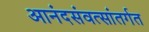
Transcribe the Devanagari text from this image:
आनंदसंवत्सांतर्गत